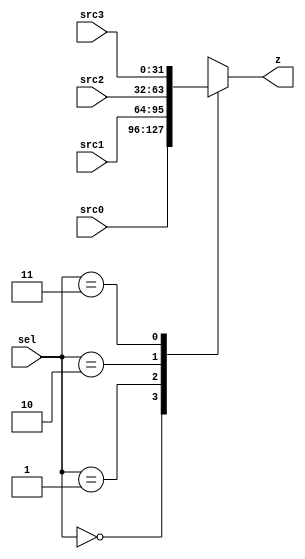
module mux_4to1_n #(parameter n = 32)  (src0, src1, src2, src3, sel, z);
	input [(n-1):0] src0, src1, src2, src3;
	input [1:0] sel;
	output [(n-1):0] z;
	reg [(n-1):0] z_reg;
	//assign z = (sel == 1'b0) ? src0 : src1;
	assign z = z_reg;
	always @(src0, src1, src2, src3, sel[0], sel[1])
	   begin
		case ({sel[1], sel[0]})
		2'b00 : z_reg <= src0;
		2'b01 : z_reg <= src1;
		2'b10 : z_reg <= src2;
		2'b11 : z_reg <= src3;
		//default : z = n'bx;
		endcase
	   end
endmodule